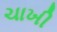
ચાખી